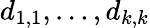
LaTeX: d_{1,1},\ldots,d_{k,k}